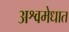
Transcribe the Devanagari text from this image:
अश्वमेधात